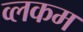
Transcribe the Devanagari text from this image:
व्लकम